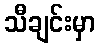
သီချင်းမှာ